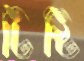
টিষ্টি